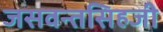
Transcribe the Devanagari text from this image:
जसवन्तसिहजी